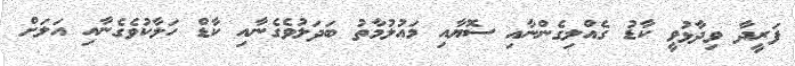
ފަރީދާ ވިދާޅުވީ ކާޑު ގެއްލިގެންނާއި ސޮޔާއި މައުލުމާތު ބަދަލުވެގެނާއި ކާޑް ހަލާކުވެގެނާއި އަލަށް